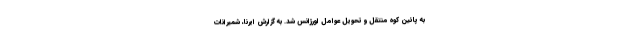
به پائین کوه منتقل و تحویل عوامل اورژانس شد. به گزارش ایرنا، شمیرانات